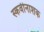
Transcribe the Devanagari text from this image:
स्कर्वीनाशक